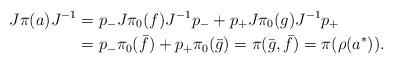
LaTeX: \begin{align*} {J}\pi(a) {J}^{-1} &= p_- {J}\pi_0(f) {J}^{-1} p_- + p_+{J}\pi_0(g) {J}^{-1} p_+ \\&= p_- \pi_0(\bar f) + p_+\pi_0(\bar g) = \pi(\bar g, \bar f) = \pi(\rho(a^*)).\end{align*}